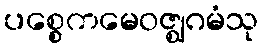
ပစ္စေကမေဝဇ္ဈဂမံသု